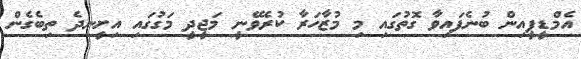
އެމްޑީޕީއިން ބުނެފައިވާ ގޮތުގައި މި މުޒާހަރާ ކުރެވޭނީ މަޖީދީ މަގުގައި އިށީނދެ ތިބެގެން